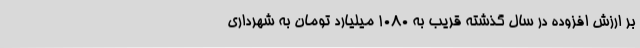
بر ارزش افزوده در سال گذشته قریب به 1080 میلیارد تومان به شهرداری